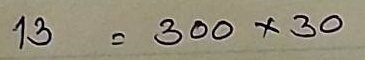
13 = 300 x 30